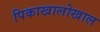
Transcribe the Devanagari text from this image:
पिकाखालोखाल